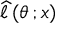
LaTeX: { \widehat { \ell \, } } ( \theta \, ; x )